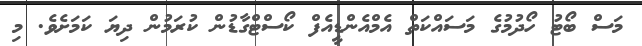
މަސް ބޯޓު ހޯދުމުގެ މަސައްކަތް އެމްއެންޑީއެފް ކޯސްޓްގާޑުން ކުރަމުން ދިޔަ ކަމަށެވެ. މި